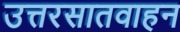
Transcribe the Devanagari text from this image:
उत्तरसातवाहन